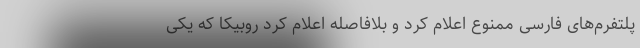
پلتفرم‌های فارسی ممنوع اعلام کرد و بلافاصله اعلام کرد روبیکا که یکی